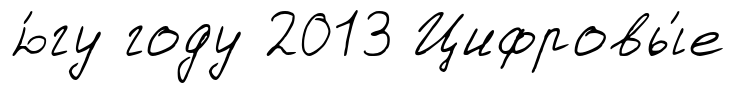
ю́гу году 2013 Цифровы́е